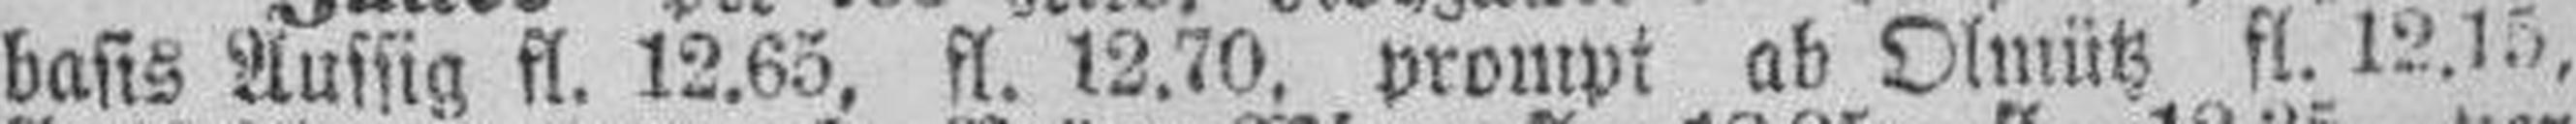
basis Aussig fl. 12.65, fl. 12.70, prompt ab Olmütz fl. 12.15,